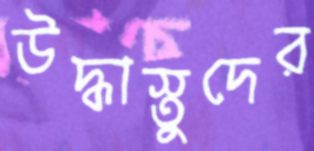
উদ্ধাস্তুদের